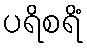
ပရိစရိံ